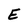
Character: E